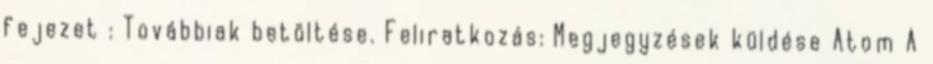
fejezet : Továbbiak betöltése. Feliratkozás: Megjegyzések küldése Atom A